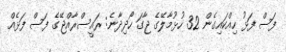
ފަސް ފަޅު ހިއްކައިގެން 32 ހުޅުމާލޭގެ ޖާގަ ހޯދިދާނެ: ރައީސްރާއްޖޭގެ ފަސް ފަޅެއް